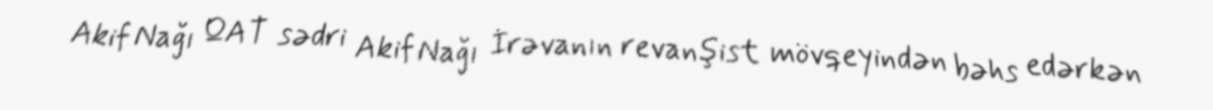
Akif Nağı QAT sədri Akif Nağı İrəvanın revanşist mövqeyindən bəhs edərkən